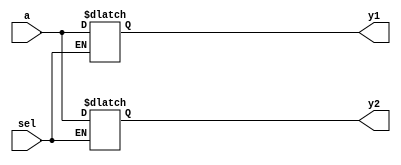
module DeMux1to2(a,sel,y1,y2);
parameter n=16;
input [n-1:0] a;
input sel;
output reg [n-1:0] y1,y2;
always @(sel or a)
begin 
if(sel==0)
begin 
y1<=a;
end 
else 
begin 
y2<=a;
end
end 
endmodule